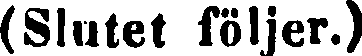
(Slutet följer.)